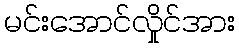
မင်းအောင်လှိုင်အား